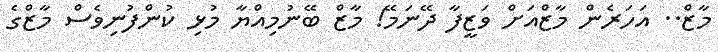
މާޒް.. އަހަރެން މާޒްއަށް ވަޒީފާ ދޭނަމޭ! މާޒް ބޭނުމިއްޔާ މުޅި ކުންފުނިވެސް މާޒްގެ